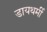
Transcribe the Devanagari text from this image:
डायथर्मी